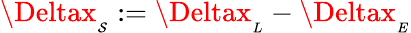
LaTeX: \Deltax_{_{\mathcal{S}}}:=\Deltax_{_{L}}-\Deltax_{_{E}}